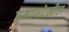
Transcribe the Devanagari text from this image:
प्रमाणदेखील